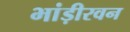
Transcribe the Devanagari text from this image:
भांड़ीरवन